Civil Veterinary Dept. Bombay admin report 1893-99 - 1893-1899
Year: 1893
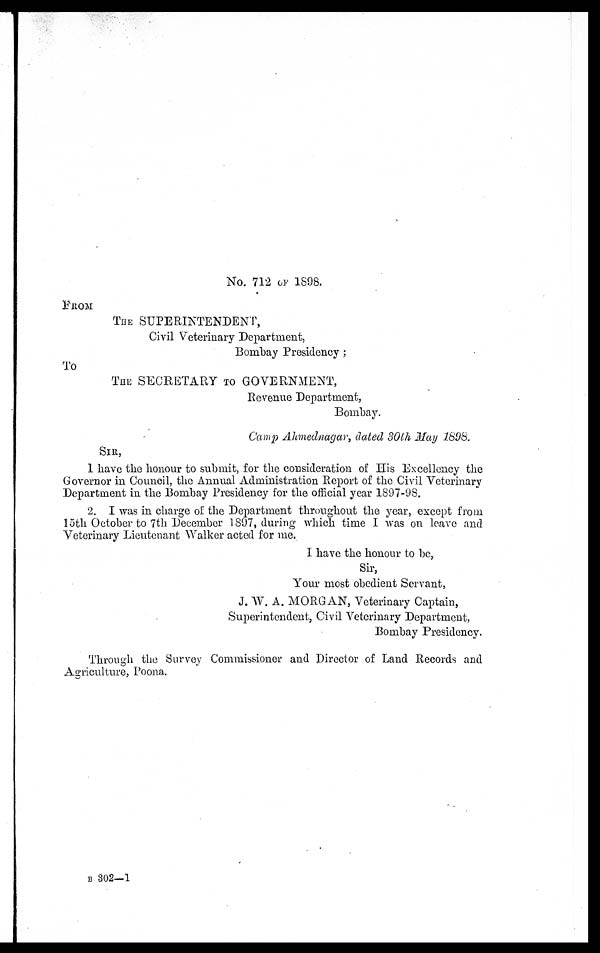
No. 712 OF1898.
FROM
THE SUPERINTENDENT,
Civil Veterinary Department,
Bombay Presidency ;
To
THE SECRETARY TO GOVERNMENT,
Revenue Department,
Bombay.
Camp Ahmednagar, dated 30th May 1898.
SIR,
I have the honour to submit, for the consideration of His Excellency the
Governor in Council, the Annual Administration Report of the Civil Veterinary
Department in the Bombay Presidency for the official year 1897-98.
2. I was in charge of the Department throughout the year, except from
15th October to 7th December 1897, during which time I was on leave and
Veterinary Lieutenant Walker acted for me.
I have the honour to be,
Sir,
Your most obedient Servant,
J. W. A. MORGAN, Veterinary Captain,
Superintendent, Civil Veterinary Department,
Bombay Presidency.
Through the Survey Commissioner and Director of Land Records and
Agriculture, Poona.
B 302—1